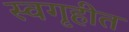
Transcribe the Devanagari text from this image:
स्वगृहीत